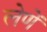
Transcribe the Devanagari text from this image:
लेणें